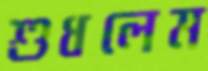
শুধলেম